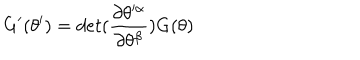
LaTeX: \mathrm { G } ^ { \prime } ( \theta ^ { \prime } ) = d e t ( { \frac { \partial \theta ^ { \prime \alpha } } { \partial \theta ^ { \beta } } } ) \mathrm { G } ( \theta )